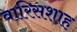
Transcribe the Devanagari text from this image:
वारिसशाह